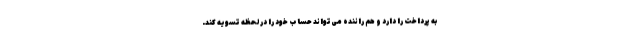
به پرداخت را دارد و هم راننده می‌تواند حساب خود را در لحظه تسویه کند.